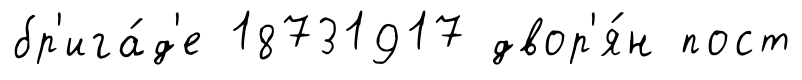
бр'ига́д'е 18731917 двор'я́н пост